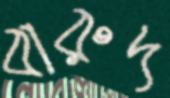
বারুদ